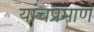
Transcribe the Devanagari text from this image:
यांचप्रमाणे